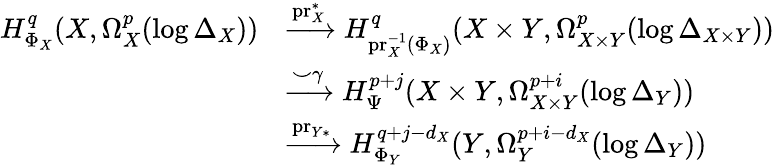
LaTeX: \begin{array}{rl}{H_{\Phi_{X}}^{q}(X,\Omega_{X}^{p}(\log\Delta_{X}))}&{\xrightarrow{\mathrm{pr}_{X}^{*}}H_{\mathrm{pr}_{X}^{-1}(\Phi_{X})}^{q}(X\times Y,\Omega_{X\times Y}^{p}(\log\Delta_{X\times Y}))}\\ &{\xrightarrow{\smile\gamma}H_{\Psi}^{p+j}(X\times Y,\Omega_{X\times Y}^{p+i}(\log\Delta_{Y}))}\\ &{\xrightarrow{\mathrm{pr}_{Y*}}H_{\Phi_{Y}}^{q+j-d_{X}}(Y,\Omega_{Y}^{p+i-d_{X}}(\log\Delta_{Y}))}\end{array}